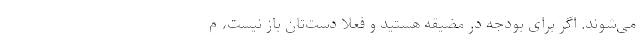
می‌شوند. اگر برای بودجه در مضیقه هستید و فعلا دست‌تان باز نیست، م